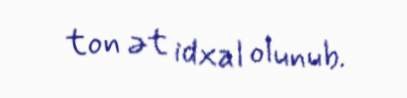
ton ət idxal olunub.